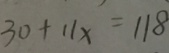
3 0 + 1 1 x = 1 1 8